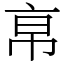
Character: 𢂚